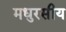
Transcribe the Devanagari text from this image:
मधुरसीय